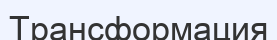
Трансформация